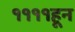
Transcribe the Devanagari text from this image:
११११हून